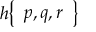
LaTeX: h { \left\{ \begin{array} { l } { p , q , r } \end{array} \right\} }